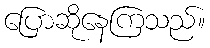
ပြောဆိုနေကြသည်။